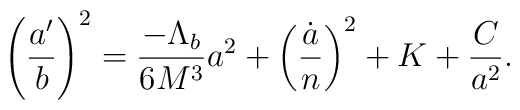
\left(\frac{a'}{b}\right)^2 = \frac{-\Lambda_b}{6M^3}a^2 + \left(\frac{\dot a}{n}\right)^2 + K+\frac{C}{a^2}.